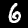
Digit: 6